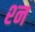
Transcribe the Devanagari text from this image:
श्‍न